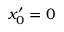
x _ { 0 } ^ { \prime } = 0